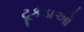
ટૂકડાઓ